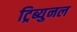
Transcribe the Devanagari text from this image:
ट्रिब्युनल